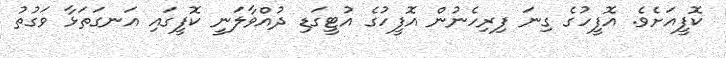
ކޮފީއަށެވެ. އޮފީހުގެ ގިނަ ފިރިހެނުން އޮފީހުގެ އުޓީގަޑި ދުއްވާލަނީ ކޮފީގައި އަނގަތަޅާ ވަގުތު